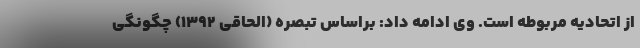
از اتحادیه مربوطه است. وی ادامه داد: براساس تبصره (الحاقی ۱۳۹۲) چگونگی